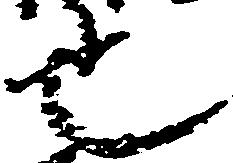
也